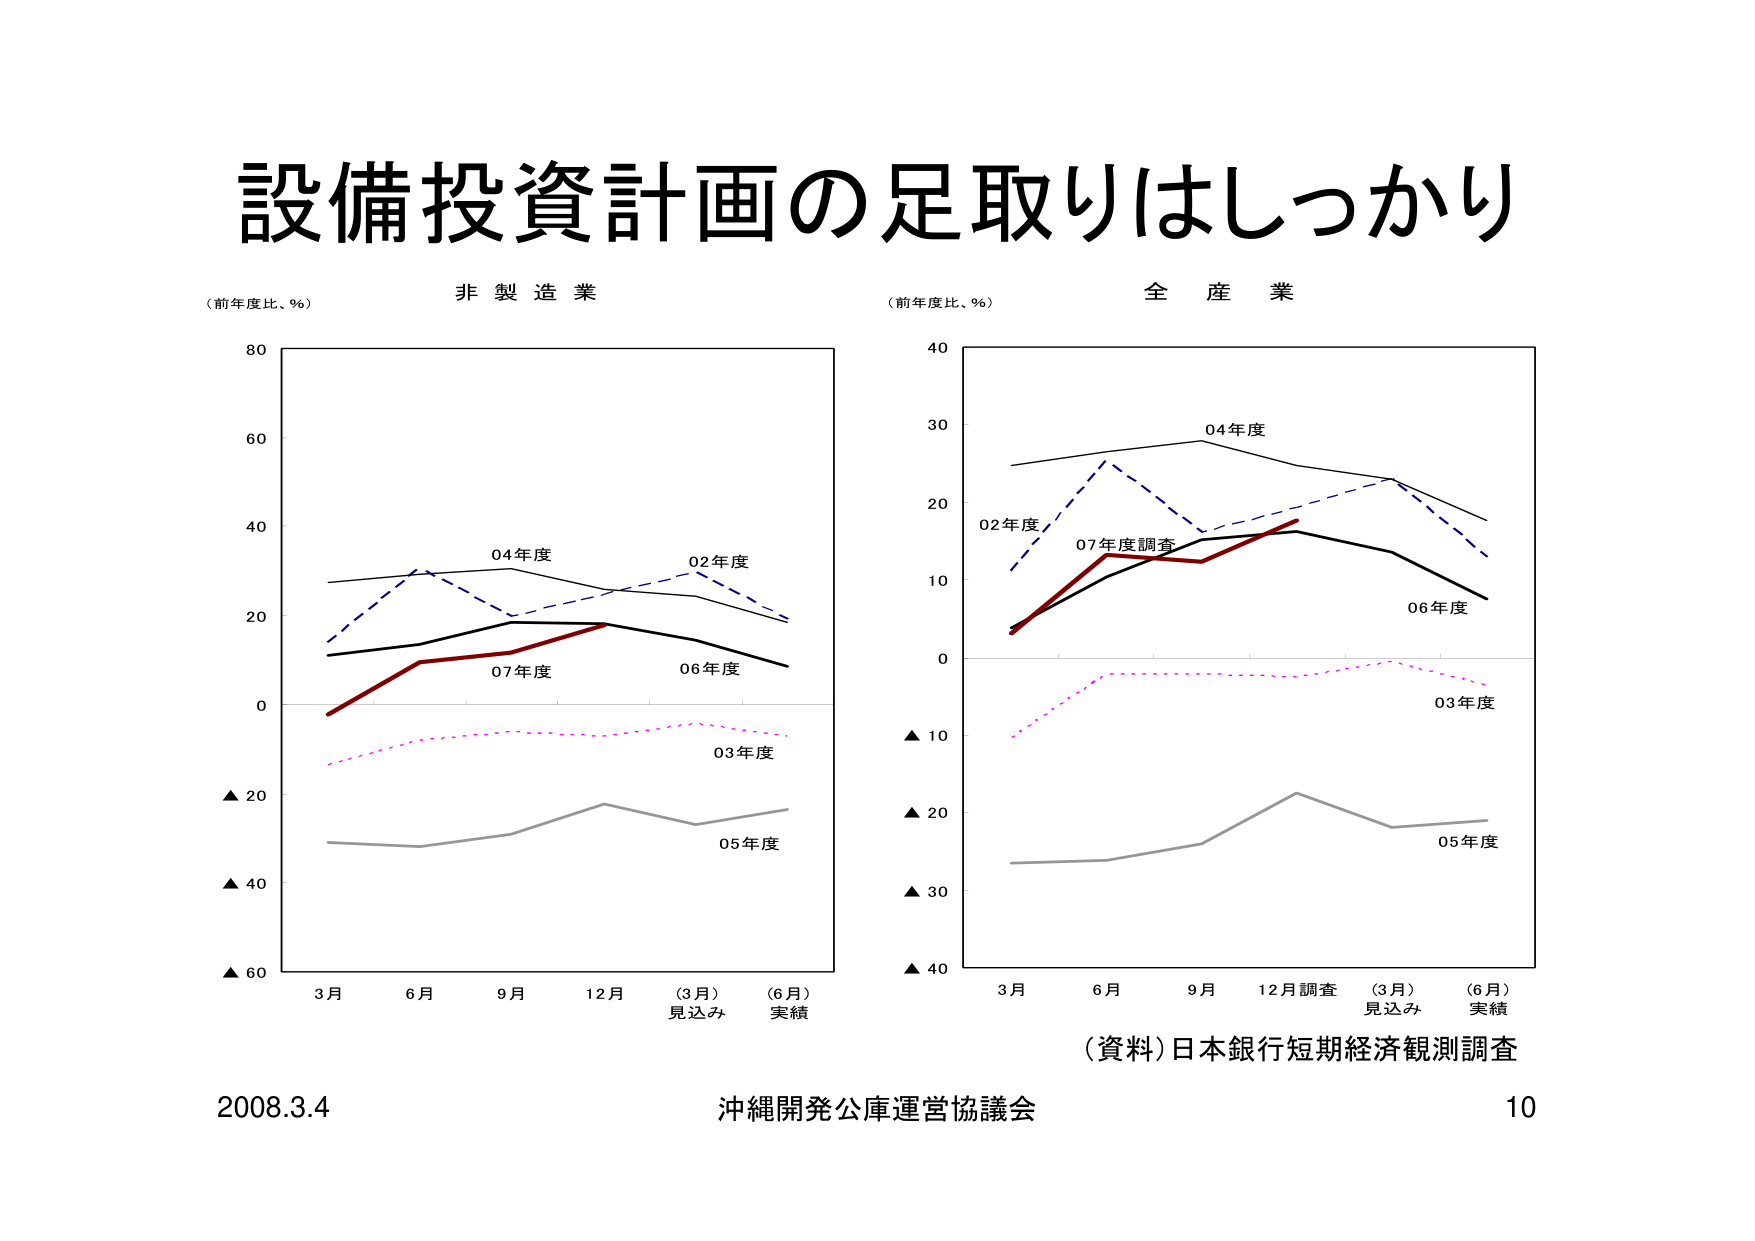
設備投資計画の足取りはしっかり

（前年度比、％）　非製造業

80
60
40
20
0
▲20
▲40
▲60

3月　6月　9月　12月　（3月）　（6月）
　　　　　　　　　見込み　実績

04年度
02年度
07年度
06年度
03年度
05年度

（前年度比、％）　全産業

40
30
20
10
0
▲10
▲20
▲30
▲40

3月　6月　9月　12月調査　（3月）　（6月）
　　　　　　　　　　　　　見込み　実績

04年度
02年度
07年度調査
06年度
03年度
05年度

（資料）日本銀行短期経済観測調査

2008.3.4　沖縄開発公庫運営協議会　10